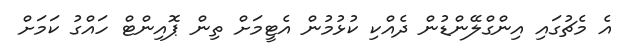
އެ މެޗުގައި އިންގްލޭންޑުން ދެއްކި ކުޅުމުން އެޓީމަށް ތިން ޕޮއިންޓް ހައްގު ކަމަށް